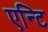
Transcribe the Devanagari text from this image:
एन्टि